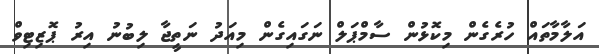
އަލާމާތައް ހުރެގެން މިކޮޅުން ސާމްޕަލް ނަގައިގެން މިއަދު ނަތީޖާ ލިބުނު އިރު ޕޮޒިޓިވް